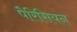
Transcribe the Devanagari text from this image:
पैरिसियन